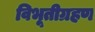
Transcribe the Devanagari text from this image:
विभूतीग्रहण